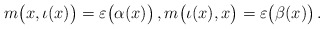
\begin{align*}m\bigl(x,\iota(x)\bigr)=\varepsilon\bigl(\alpha(x)\bigr)\,,m\bigl(\iota(x),x\bigr)=\varepsilon\bigl(\beta(x)\bigr)\,.\end{align*}